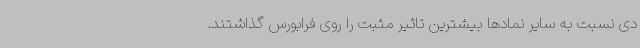
دی نسبت به سایر نمادها بیشترین تاثیر مثبت را روی فرابورس گذاشتند.